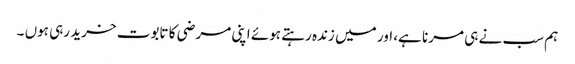
ہم سب نے ہی مرنا ہے، اور میں زندہ رہتے ہوئے اپنی مرضی کا تابوت خرید رہی ہوں ۔